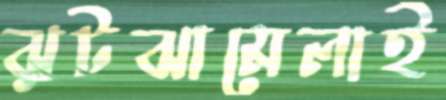
ঝুটঝামেলাই